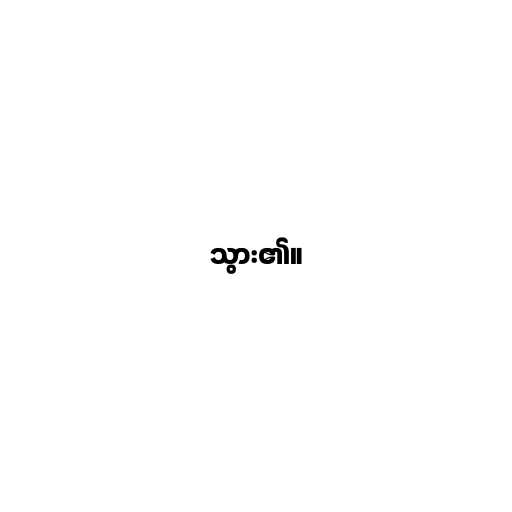
သွား၏။